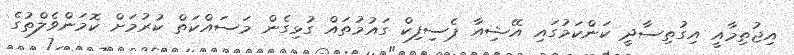
އިޖުތިމާއީ އިގުތިސާދީ ކަންކަމުގައި އޭޝިއާ ޕެސިފިކް ގައުމުތައް ގުޅިގެން މަސައްކަތް ކުރުމަށް ކޮމަންވެލްތުގެ